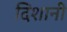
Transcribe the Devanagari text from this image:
दिशानी